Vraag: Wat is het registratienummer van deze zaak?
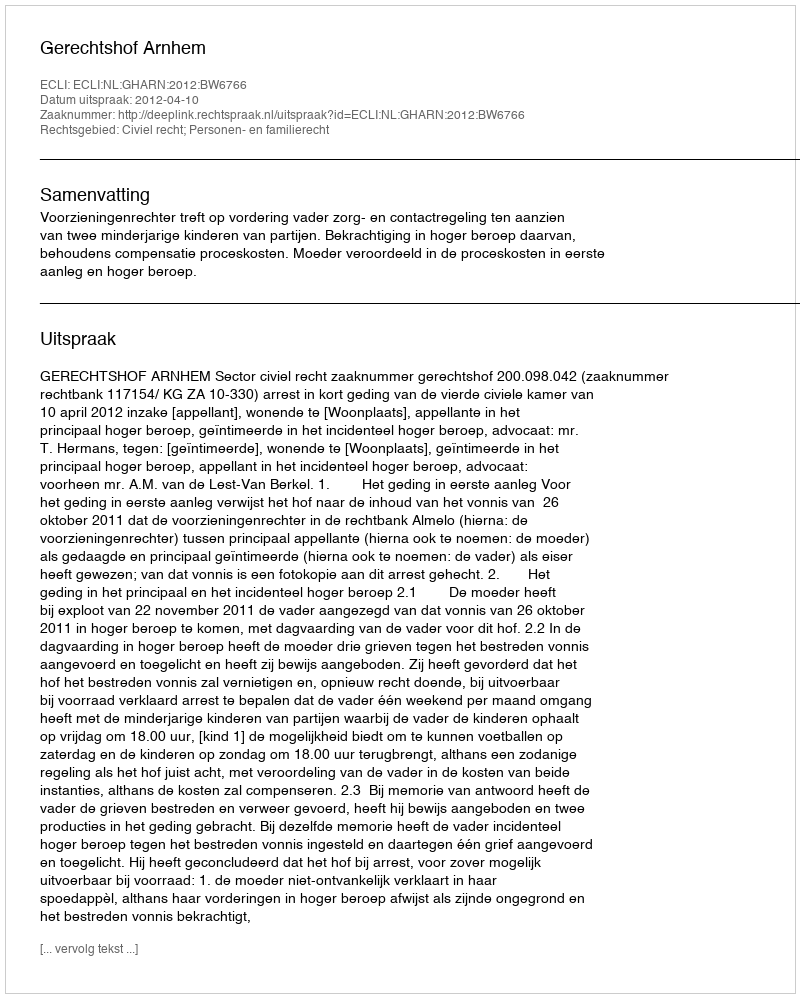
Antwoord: http://deeplink.rechtspraak.nl/uitspraak?id=ECLI:NL:GHARN:2012:BW6766